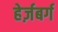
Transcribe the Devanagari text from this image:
हेर्ज़बर्ग